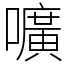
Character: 嚝